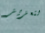
لتعزيز